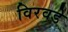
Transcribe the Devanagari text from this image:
विरवडे